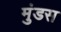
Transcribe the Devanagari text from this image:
मुंडस